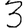
Digit: 3